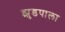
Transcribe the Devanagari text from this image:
झुडपाला